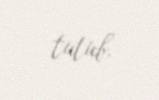
tutub.